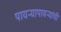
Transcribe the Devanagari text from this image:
पायऱ्यापायऱ्यांची